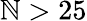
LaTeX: \mathbb{N}>25